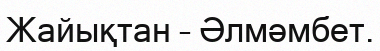
Жайықтан – Әлмәмбет.